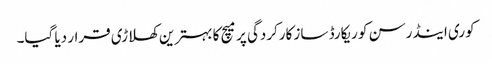
کوری اینڈرسن کو ریکارڈ ساز کارکردگی پر میچ کا بہترین کھلاڑی قرار دیا گیا۔